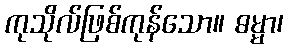
ကုသိုလ်ဖြစ်ကုန်သော။ ဓမ္မာ၊